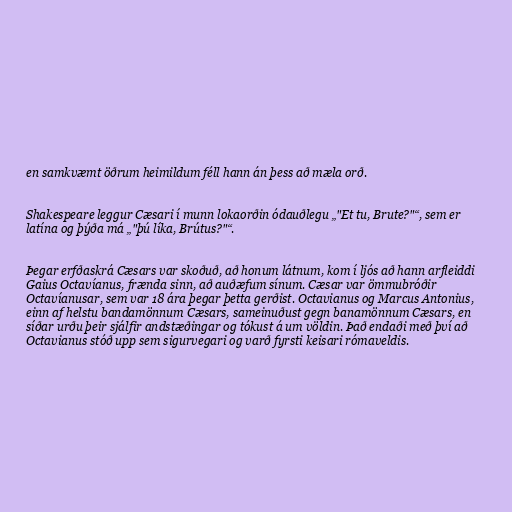
en samkvæmt öðrum heimildum féll hann án þess að mæla orð.

Shakespeare leggur Cæsari í munn lokaorðin ódauðlegu „"Et tu, Brute?"“, sem er
latína og þýða má „"þú líka, Brútus?"“.

Þegar erfðaskrá Cæsars var skoðuð, að honum látnum, kom í ljós að hann arfleiddi
Gaius Octavíanus, frænda sinn, að auðæfum sínum. Cæsar var ömmubróðir
Octavíanusar, sem var 18 ára þegar þetta gerðist. Octavianus og Marcus Antonius,
einn af helstu bandamönnum Cæsars, sameinuðust gegn banamönnum Cæsars, en
síðar urðu þeir sjálfir andstæðingar og tókust á um völdin. Það endaði með því að
Octavianus stóð upp sem sigurvegari og varð fyrsti keisari rómaveldis.